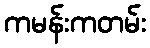
ကမန်းကတမ်း